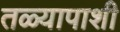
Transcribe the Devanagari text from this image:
तळ्यापाशी